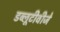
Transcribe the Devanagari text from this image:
डब्लूटीवीजे